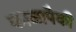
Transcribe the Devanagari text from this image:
काळापैकी